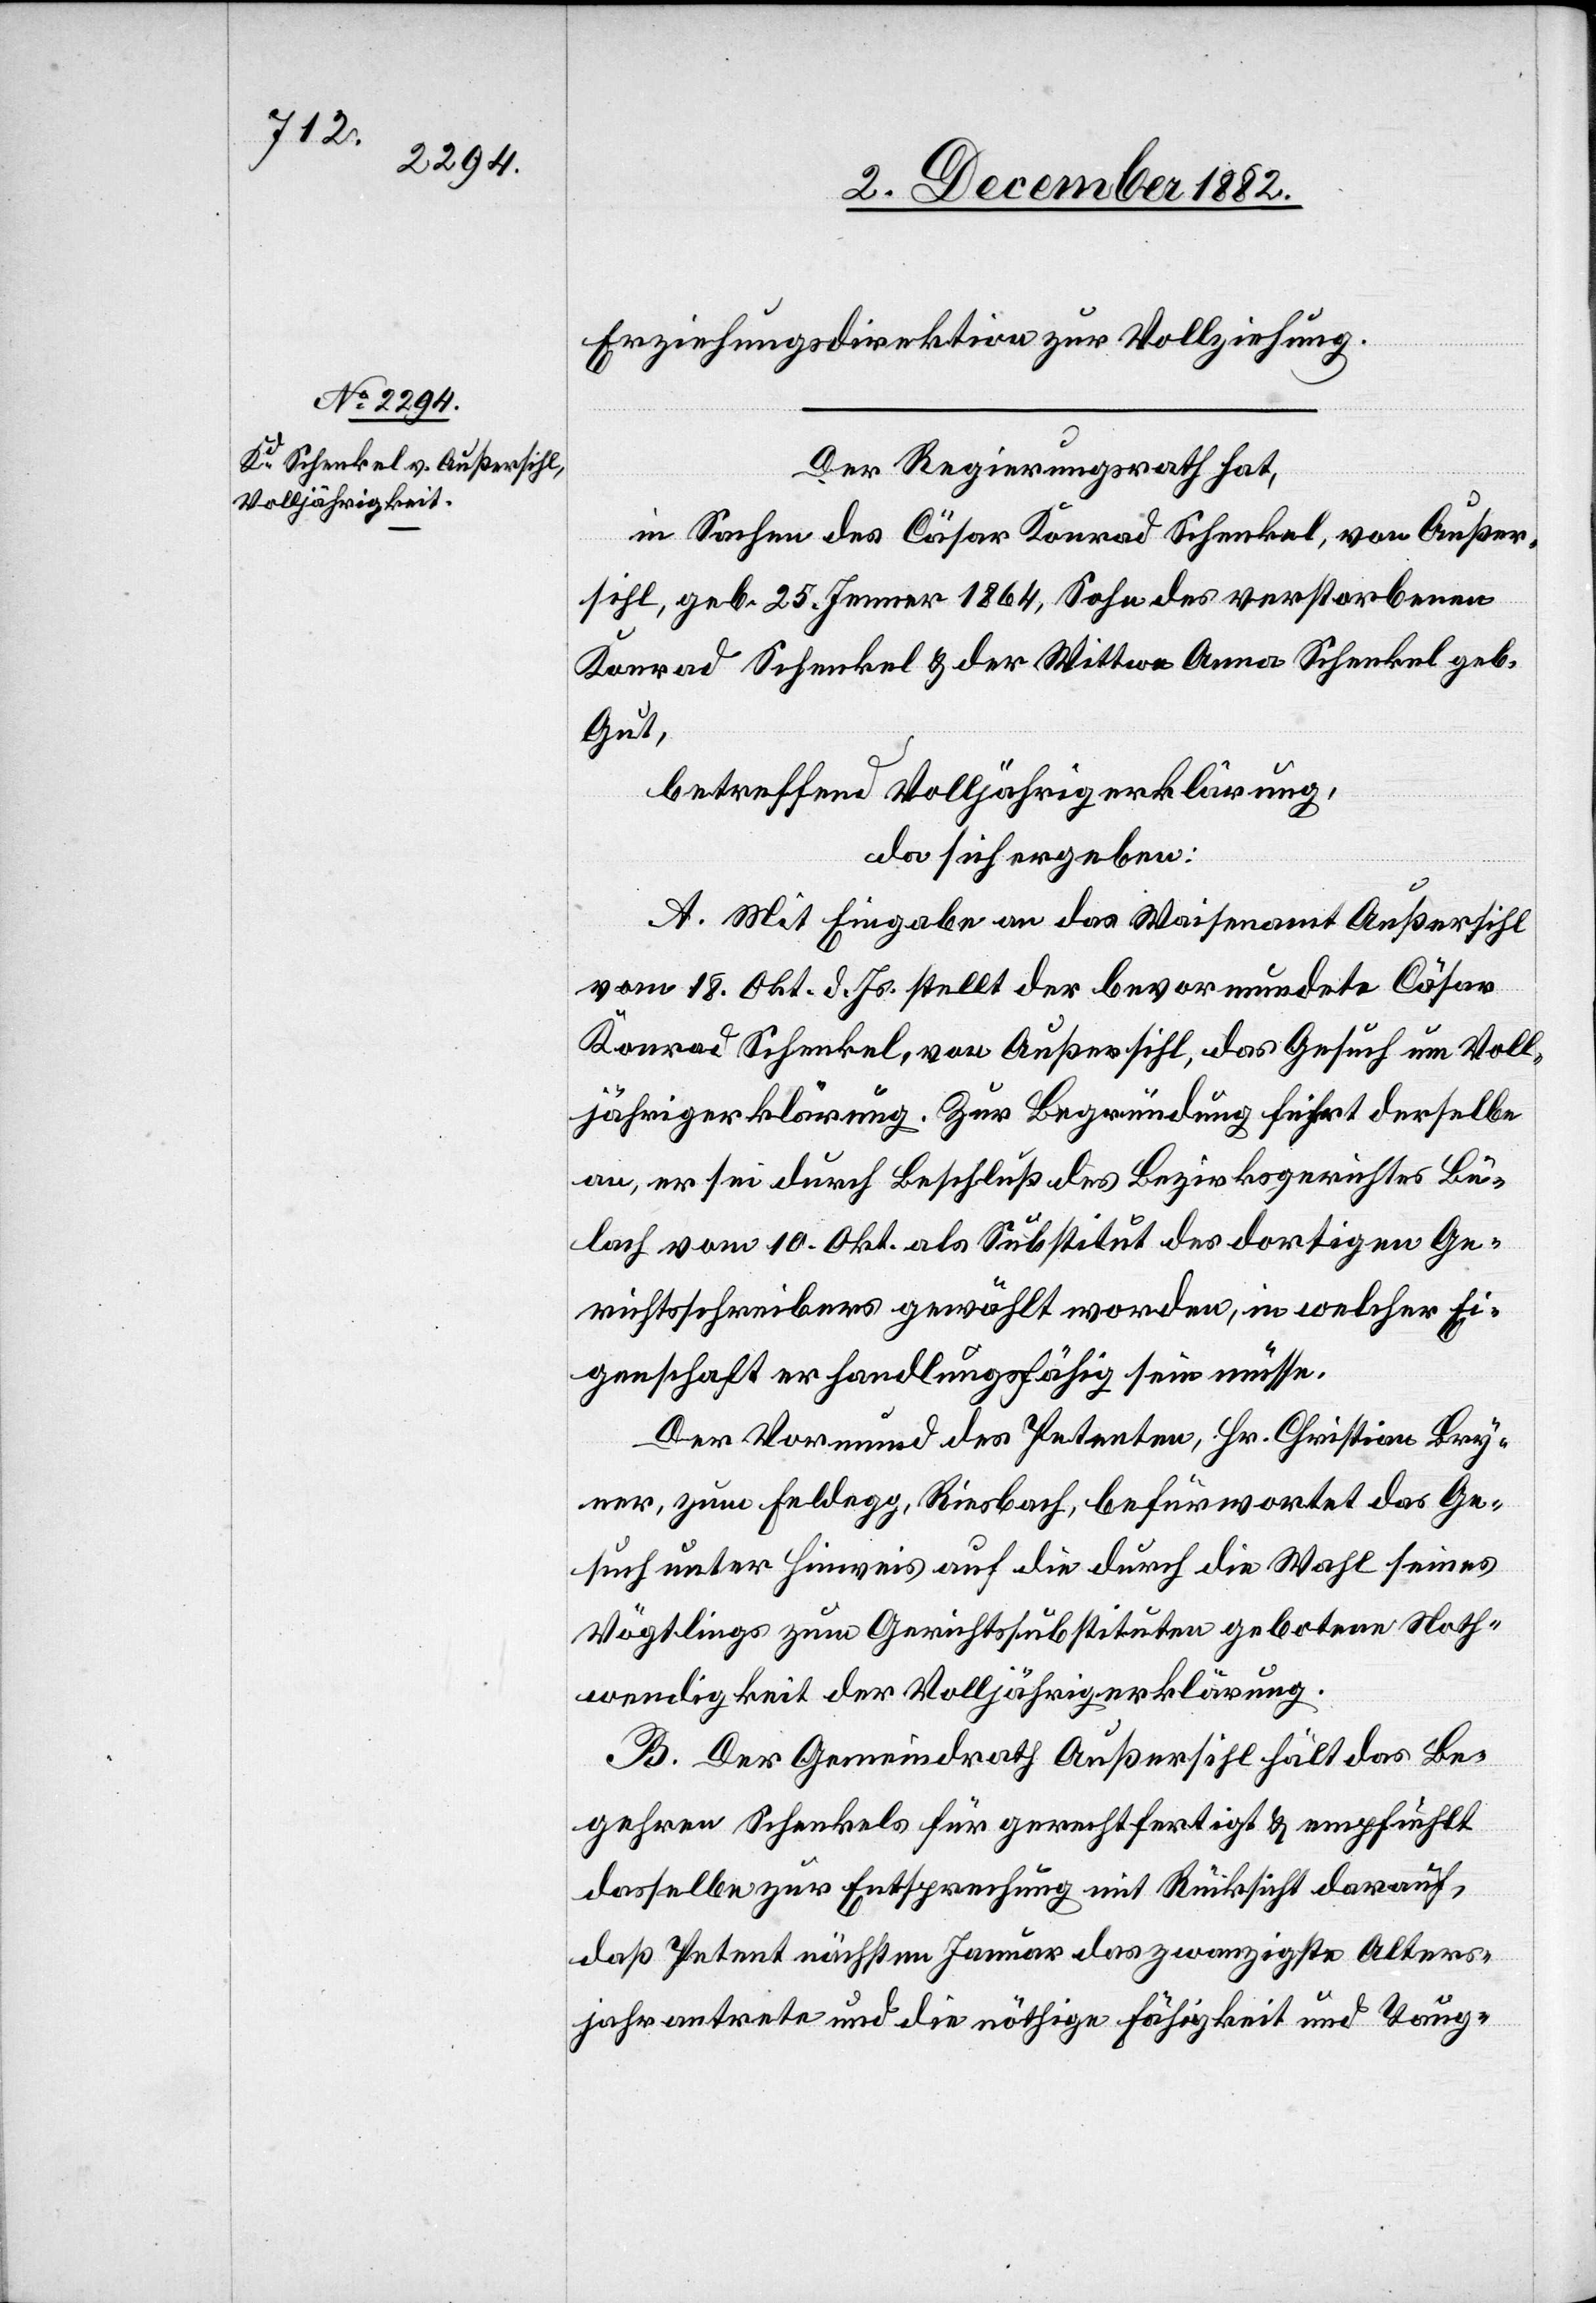
Erziehungsdirektion zur Vollziehung.
Der Regierungsrath hat,
in Sachen des Cäsar Konrad Schenkel, von Außer¬
sihl, geb. 25. Jenner 1864, Sohn des verstorbenen
Konrad Schenkel & der Wittwe Anna Schenkel geb.
Gut,
betreffend Volljährigerklärung,
da sich ergeben:
A. Mit Eingabe an das Waisenamt Außersihl
vom 18. Okt. d. Js. stellt der bevormundete Cäsar
Konrad Schenkel, von Außersihl, das Gesuch um Voll¬
jährigerklärung. Zur Begründung führt derselbe
an, er sei durch Beschluß des Bezirksgerichtes Bü¬
lach vom 10. Okt. als Substitut des dortigen Ge¬
richtsschreibers gewählt worden, in welcher Ei¬
genschaft er handlungsfähig sein müsse.
Der Vormund des Petenten, Hr. Christian Bry¬
ner, zum Feldegg, Riesbach, befürwortet das Ge¬
such unter Hinweis auf die durch die Wahl seines
Vögtlings zum Gerichtssubstituten gebotene Noth¬
wendigkeit der Volljährigerklärung.
B. Der Gemeindrath Außersihl hält das Be¬
gehren Schenkels für gerechtfertigt & empfiehlt
dasselbe zur Entsprechung mit Rücksicht darauf,
daß Petent nächsten Januar das zwanzigste Alters¬
jahr antrete und die nöthige Fähigkeit und Taug-